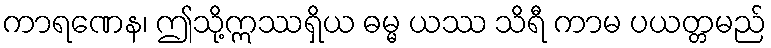
ကာရဏေန၊ ဤသို့ဣဿရှိယ ဓမ္မ ယဿ သိရီ ကာမ ပယတ္တမည်